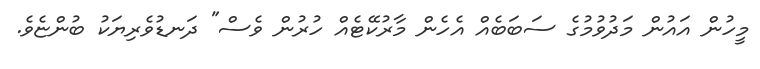
މީހުން އައުން މަދުވުމުގެ ސަބަބެއް އެހެން މާރުކޭޓެއް ހުރުން ވެސް" ދަނޑުވެރިޔަކު ބުންޏެވެ.